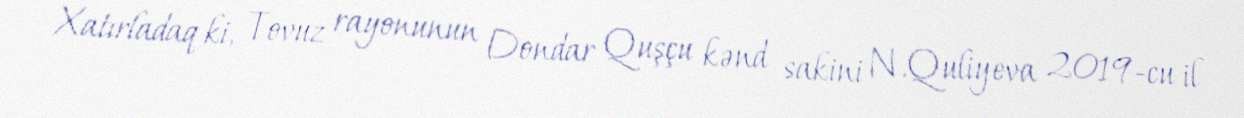
Xatırladaq ki, Tovuz rayonunun Dondar Quşçu kənd sakini N.Quliyeva 2019-cu il